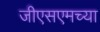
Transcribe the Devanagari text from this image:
जीएसएमच्या